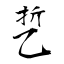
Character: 乴